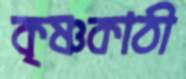
কৃষ্ণকাঠী